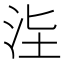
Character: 𣳊